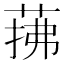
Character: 𦲫